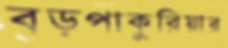
বড়পাকুরিয়ার